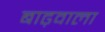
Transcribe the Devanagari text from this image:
बाढ़वाला